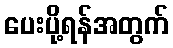
ပေးပို့ရန်အတွက်